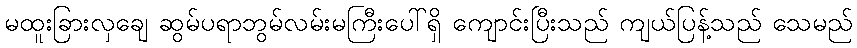
မထူးခြားလှချေ ဆွမ်ပရာဘွမ်လမ်းမကြီးပေါ်ရှိ ကျောင်းပြီးသည် ကျယ်ပြန့်သည် သေမည်